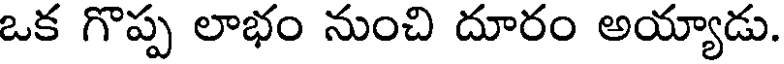
ఒక గొప్ప లాభం నుంచి దూరం అయ్యాడు.